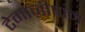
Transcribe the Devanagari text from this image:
टेमाज़ीपाम